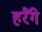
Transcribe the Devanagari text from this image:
हरैंगे